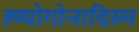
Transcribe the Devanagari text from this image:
ह्य्पोगोनादिस्म